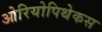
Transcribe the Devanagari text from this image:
ओरियोपिथेकस